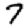
Digit: 7